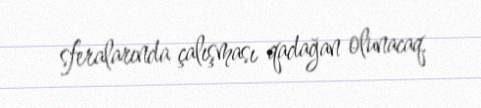
sferalarında çalışması qadağan olunacaq.